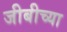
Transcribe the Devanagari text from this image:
जीबीच्या